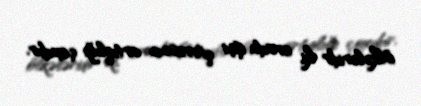
ölkələridir ki, orada işçi qüvvəsinin artıqlığı çoxdur.